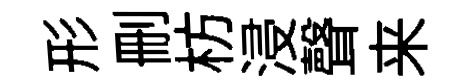
形删枋浸聲来